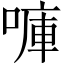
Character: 𠺟